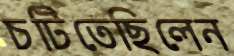
চটিতেছিলেন